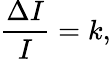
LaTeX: {\frac{\Delta I}{I}}=k,